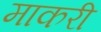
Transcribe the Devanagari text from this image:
माकरी